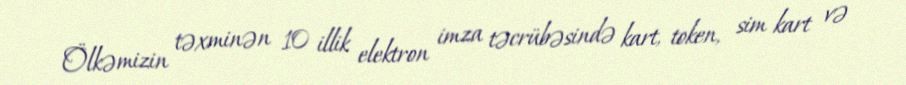
Ölkəmizin təxminən 10 illik elektron imza təcrübəsində kart, token, sim kart və